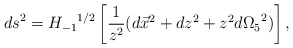
\begin{align*}{ds}^2 = {H_{-1}}^{1/2} \left[ \frac{1}{z^2} (d\vec{x}^2 + dz^2 + z^2 d {\Omega_5}^2) \right], \end{align*}